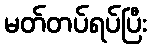
မတ်တပ်ရပ်ပြီး